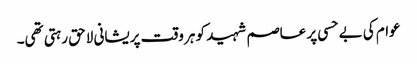
عوام کی بے حسی پر عاصم شہید کو ہر وقت پریشانی لاحق رہتی تھی۔